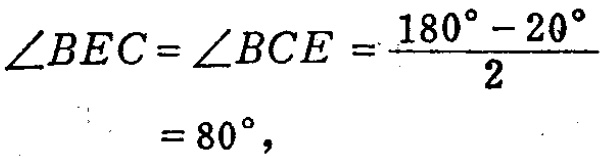
\(\begin{align*}
\angle BEC=\angle BCE&=\frac{180^{\circ}-20^{\circ}}{2}\\
&=80^{\circ},
\end{align*}\)